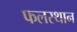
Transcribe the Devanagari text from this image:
फलस्थान